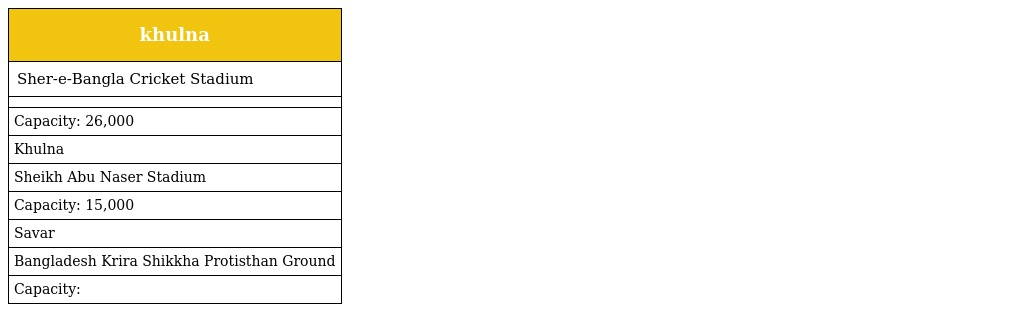
| khulna |
 | --- |
 | Sher-e-Bangla Cricket Stadium |
 |  |
 | Capacity: 26,000 |
 | Khulna |
 | Sheikh Abu Naser Stadium |
 | Capacity: 15,000 |
 | Savar |
 | Bangladesh Krira Shikkha Protisthan Ground |
 | Capacity: |